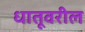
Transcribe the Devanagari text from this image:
धातूवरील